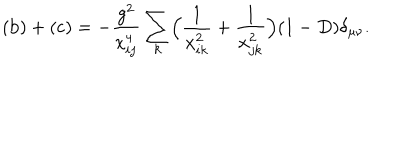
LaTeX: \mathrm { ( b ) } + \mathrm { ( c ) } = - \frac { g ^ { 2 } } { x _ { i j } ^ { 4 } } \sum _ { k } \Bigl ( \frac { 1 } { x _ { i k } ^ { 2 } } + \frac { 1 } { x _ { j k } ^ { 2 } } \Bigr ) ( 1 - D ) \delta _ { \mu \nu } .